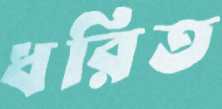
ধরিত